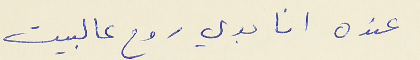
عنده انا بدي روح عالبيت